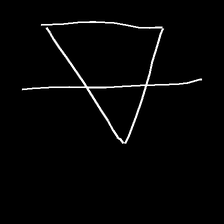
Glyph: empower